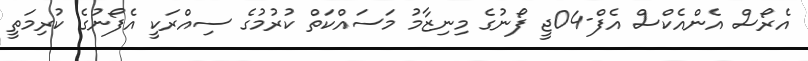
އެރޯސް އެންއެކްސް އެފް-04ޖީ ފޯނުގެ މިނިޒާމު މަސައްކަތް ކުރުމުގެ ސިއްރަކީ އެފޯނުގެ ކުރިމަތީ